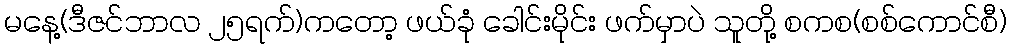
မနေ့(ဒီဇင်ဘာလ ၂၅ရက်)ကတော့ ဖယ်ခုံ ခေါင်းမိုင်း ဖက်မှာပဲ သူတို့ စကစ(စစ်ကောင်စီ)